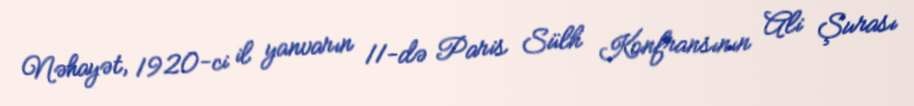
Nəhayət, 1920-ci il yanvarın 11-də Paris Sülh Konfransının Ali Şurası